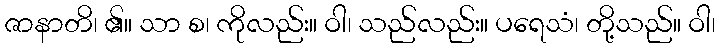
ဇာနာတိ၊ ၏။ သာ စ၊ ကိုလည်း။ ဝါ၊ သည်လည်း။ ပရေသံ၊ တို့သည်။ ဝါ၊